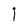
Character: I